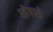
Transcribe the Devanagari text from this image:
खेबवडे